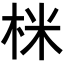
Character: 𭩽